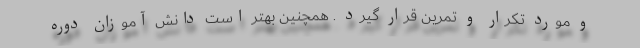
و مورد تکرار و تمرین قرار گیرد . همچنین بهتر است دانش آموزان دوره